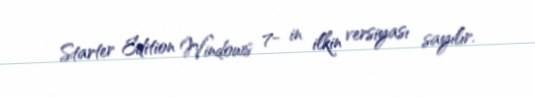
Starter Edition Windows 7- in ilkin versiyası sayılır.